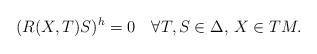
LaTeX: \begin{align*} (R(X,T)S)^h=0\quad\forall T,S\in\Delta,\, X\in TM. \end{align*}